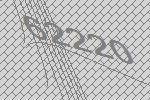
62220